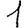
Digit: 1